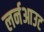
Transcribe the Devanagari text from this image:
लर्नआउट